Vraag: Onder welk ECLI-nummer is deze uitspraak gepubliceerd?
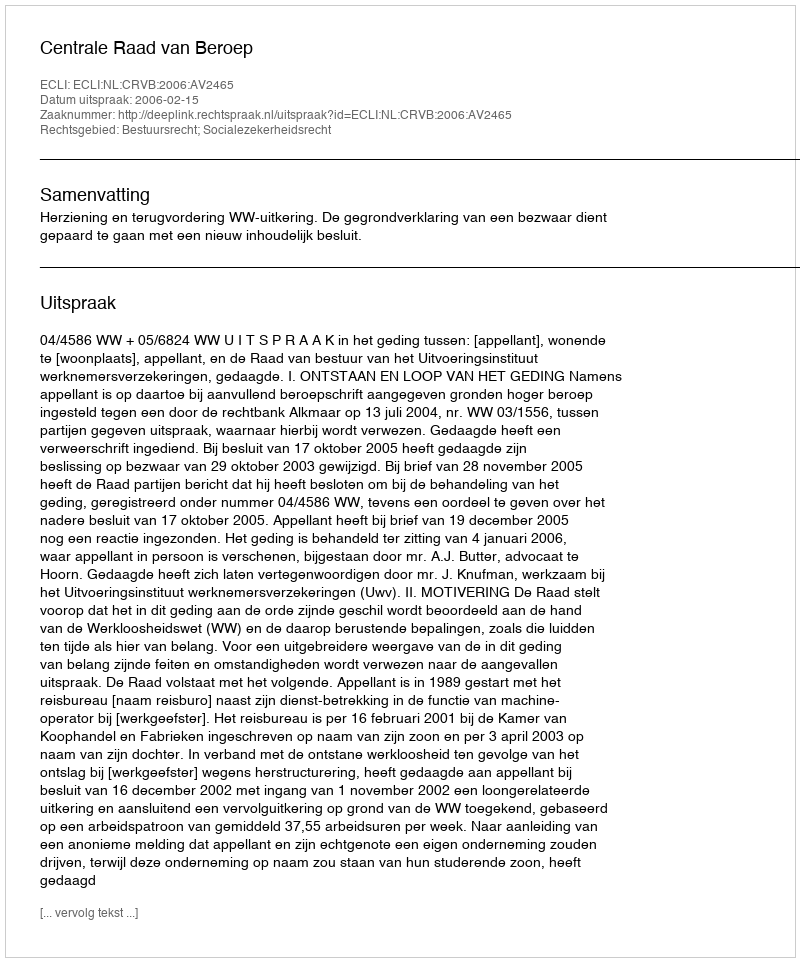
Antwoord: ECLI:NL:CRVB:2006:AV2465